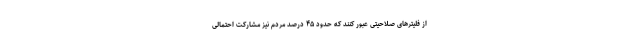
از فلیترهای صلاحیتی عبور کنند که حدود ۴۵ درصد مردم نیز مشارکت احتمالی